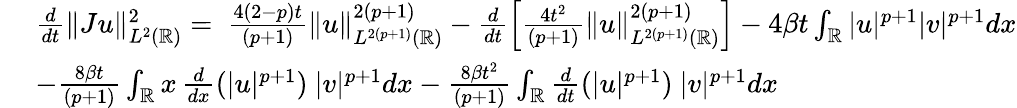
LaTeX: \begin{array}{rl}&{\frac{d}{dt}\| Ju\| _{L^{2}(\mathbb{R})}^{2}=\ \frac{4(2-p)t}{(p+1)}\| u\| _{L^{2(p+1)}(\mathbb{R})}^{2(p+1)}-\frac{d}{dt}\left[\frac{4t^{2}}{(p+1)}\| u\| _{L^{2(p+1)}(\mathbb{R})}^{2(p+1)}\right]-4\beta t\int_{\mathbb{R}}|u|^{p+1}|v|^{p+1}dx}\\ {\ }&{-\frac{8\beta t}{(p+1)}\int_{\mathbb{R}}x\, \frac{d}{dx}(|u|^{p+1})\ |v|^{p+1}dx-\frac{8\beta t^{2}}{(p+1)}\int_{\mathbb{R}}\frac{d}{dt}(|u|^{p+1})\ |v|^{p+1}dx}\end{array}